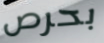
بحرص